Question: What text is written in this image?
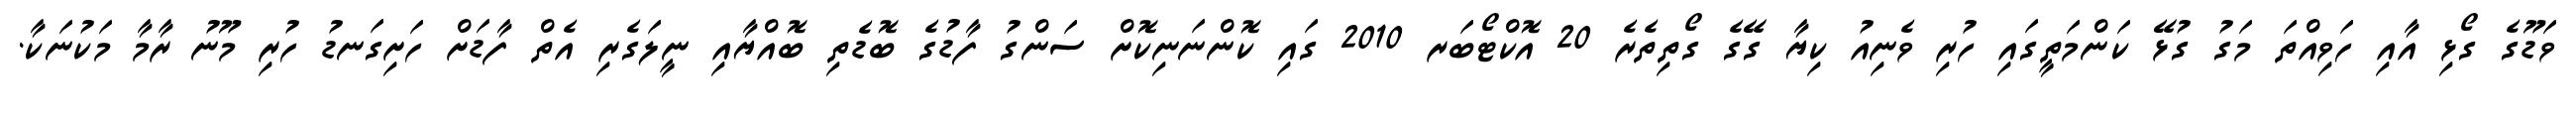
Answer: ވަޑޫގެ ގޯޅި އާއި ހަވިއްތަ މަގު ގުޅޭ ކަންމަތީގައި ހުރި ވެނިއު ކިޔާ ގޭގެ ގޯތިތެރެ 20 އޮކްޓޯބަރ 2010 ގައި ކޮންނަނިކޮށް ސަންގު ފާޑުގެ ބޮޑެތި ބޮއްޔާއި ނީލަގެރި އެތް ފާޑަށް ހަށިގަނޑު ހުރި މޫނު ރާމާ މަކުނަކާ.